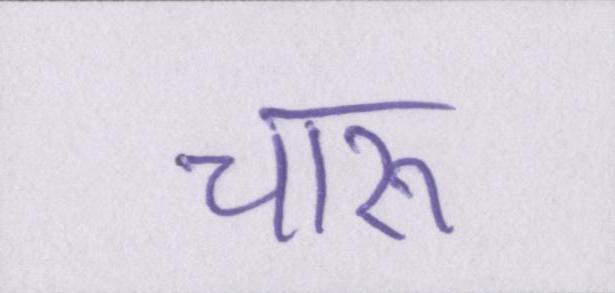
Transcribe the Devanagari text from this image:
चारू